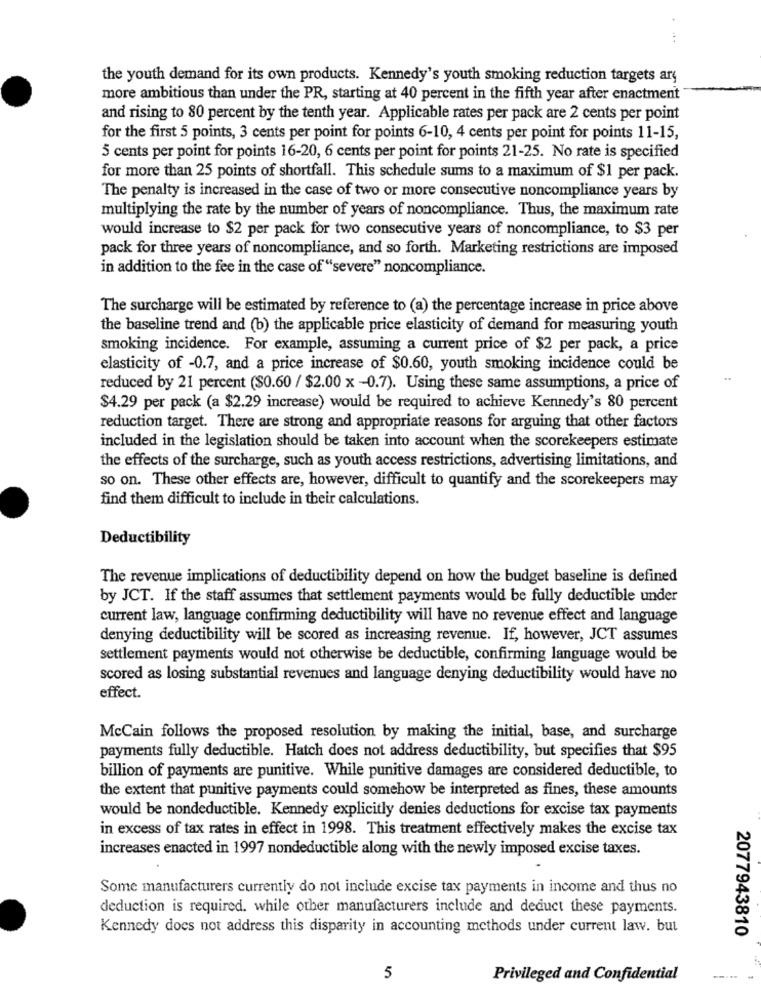
the youth demand for its own products. Kennedy's youth smoking reduction targets ary
more ambitious than under the PR, starting at 40 percent in the fifth year after enactment
and rising to 80 percent by the tenth year. Applicable rates per pack are 2 cents per point
for the first 5 points, 3 cents per point for points 6-10, 4 cents per point for points 11-15,
5 cents per point for points 16-20, 6 cents per point for points 21-25. No rate is specified
for more than 25 points of shortfall. This schedule sums to a maximum of $1 per pack.
The penalty is increased in the case of two or more consecutive noncompliance years by
multiplying the rate by the number of years of noncompliance. Thus, the maximum rate
would increase to $2 per pack for two consecutive years of noncompliance, to $3 per
pack for three years of noncompliance, and so forth. Marketing restrictions are imposed
in addition to the fee in the case of "severe" noncompliance.
The surcharge will be estimated by reference to (a) the percentage increase in price above
the baseline trend and (b) the applicable price elasticity of demand for measuring youth
smoking incidence. For example, assuming a current price of $2 per pack, a price
elasticity of -0.7, and a price increase of $0.60, youth smoking incidence could be
reduced by 21 percent ($0.60 / $2.00 x-0.7). Using these same assumptions, a price of
$4.29 per pack (a $2.29 increase) would be required to achieve Kennedy's 80 percent
reduction target. There are strong and appropriate reasons for arguing that other factors
included in the legislation should be taken into account when the scorekeepers estimate
the effects of the surcharge, such as youth access restrictions, advertising limitations, and
so on. These other effects are, however, difficult to quantify and the scorekeepers may
find them difficult to include in their calculations.
Deductibility
The revenue implications of deductibility depend on how the budget baseline is defined
by JCT. If the staff assumes that settlement payments would be fully deductible under
current law, language confirming deductibility will have no revenue effect and language
denying deductibility will be scored as increasing revenue. If, however, JCT assumes
settlement payments would not otherwise be deductible, confirming language would be
scored as losing substantial revenues and language denying deductibility would have no
effect.
McCain follows the proposed resolution by making the initial, base, and surcharge
payments fully deductible. Hatch does not address deductibility, but specifies that $95
billion of payments are punitive. While punitive damages are considered deductible, to
the extent that punitive payments could somehow be interpreted as fines, these amounts
would be nondeductible. Kennedy explicitly denies deductions for excise tax payments
in excess of tax rates in effect in 1998. This treatment effectively makes the excise tax
increases enacted in 1997 nondeductible along with the newly imposed excise taxes.
Some manufacturers currently do not include excise tax payments in income and thus no
deduction is required. while other manufacturers include and deduct these payments.
Kennedy does not address this disparity in accounting methods under current law. but
2077943810
5
Privileged and Confidential